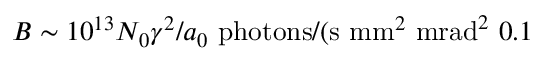
B \sim 1 0 ^ { 1 3 } N _ { 0 } \gamma ^ { 2 } / a _ { 0 } \ \mathrm { p h o t o n s } / ( \mathrm { s } \ \mathrm { m m } ^ { 2 } \ \mathrm { m r a d } ^ { 2 } \ 0 . 1 \